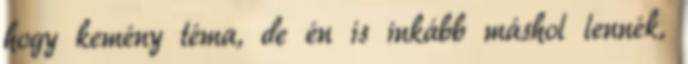
hogy kemény téma, de én is inkább máshol lennék,